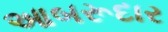
આબરૂદાર